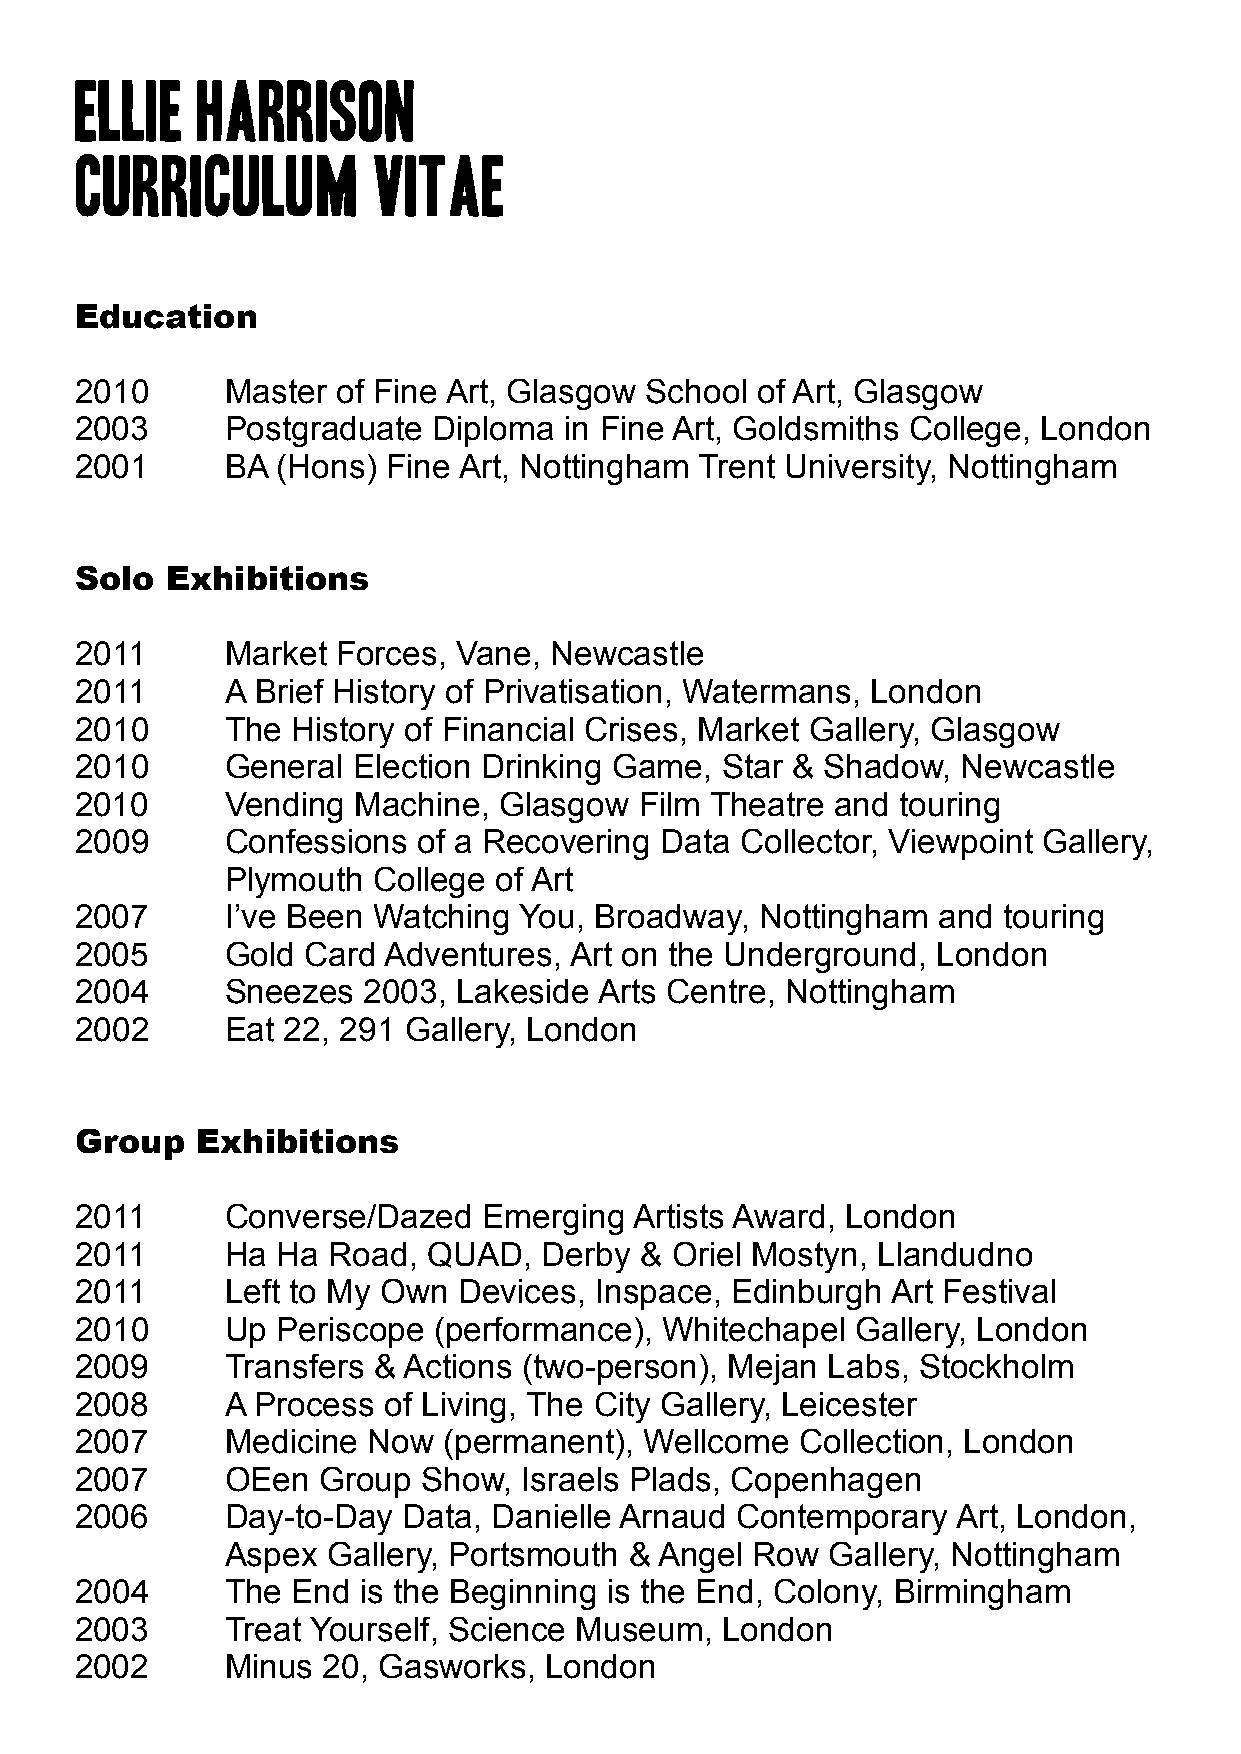
Ellie   Harrison
 curriculum          vitae
 Education
 2010      Master of Fine Art, Glasgow School of Art, Glasgow
 2003      Postgraduate  Diploma in Fine Art, Goldsmiths College, London
 2001      BA (Hons)  Fine Art, Nottingham Trent University, Nottingham
 Solo  Exhibitions
 2011      Market Forces, Vane, Newcastle
 2011      A Brief History of Privatisation, Watermans, London
 2010      The History of Financial Crises, Market Gallery, Glasgow
 2010      General Election Drinking Game,  Star & Shadow,  Newcastle
 2010      Vending Machine,  Glasgow  Film Theatre and  touring
 2009      Confessions  of a Recovering Data Collector, Viewpoint Gallery,
 Plymouth  College of Art
 2007      I’ve Been Watching You, Broadway,  Nottingham  and touring
 2005      Gold Card Adventures,  Art on the Underground, London
 2004      Sneezes  2003, Lakeside  Arts Centre, Nottingham
 2002      Eat 22, 291 Gallery, London
 Group   Exhibitions
 2011      Converse/Dazed   Emerging  Artists Award, London
 2011      Ha Ha  Road, QUAD,   Derby & Oriel Mostyn, Llandudno
 2011      Left to My Own Devices, Inspace, Edinburgh  Art Festival
 2010      Up Periscope  (performance), Whitechapel  Gallery, London
 2009      Transfers & Actions (two-person), Mejan Labs, Stockholm
 2008      A Process of Living, The City Gallery, Leicester
 2007      Medicine Now  (permanent),  Wellcome  Collection, London
 2007      OEen  Group  Show,  Israels Plads, Copenhagen
 2006      Day-to-Day  Data, Danielle Arnaud Contemporary  Art, London,
 Aspex  Gallery, Portsmouth & Angel Row  Gallery, Nottingham
 2004      The End  is the Beginning is the End, Colony, Birmingham
 2003      Treat Yourself, Science Museum,  London
 2002      Minus 20, Gasworks,  London